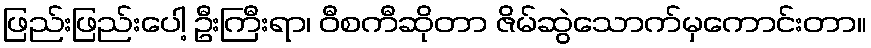
ဖြည်းဖြည်းပေါ့ ဦးကြီးရာ၊ ဝီစကီဆိုတာ ဇိမ်ဆွဲသောက်မှကောင်းတာ။